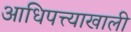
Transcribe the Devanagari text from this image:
आधिपत्त्याखाली